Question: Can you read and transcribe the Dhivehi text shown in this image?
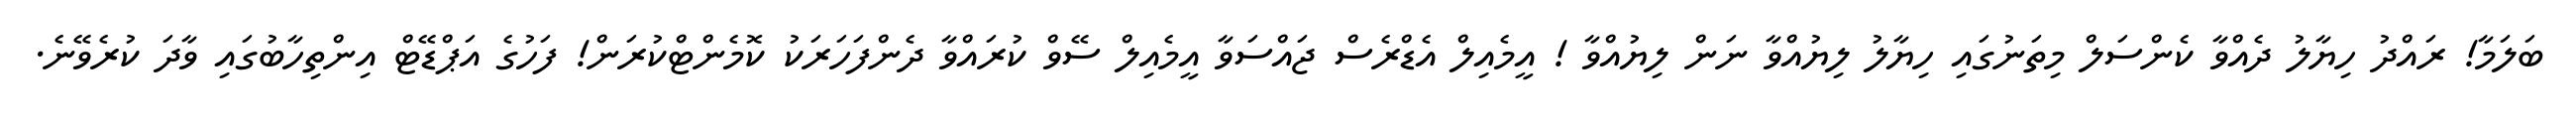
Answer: ބަލަމާ! ރައްދު ހިޔާލު ދެއްވާ ކެންސަލް މިތަނުގައި ހިޔާލު ލިޔުއްވާ ނަން ލިޔުއްވާ ! އީމެއިލް އެޑްރެސް ޖައްސަވާ އީމެއިލް ސޭވް ކުރައްވާ ދެންފަހަރަކު ކޮމެންޓްކުރަން! ފަހުގެ އަޕްޑޭޓް އިންތިހާބުގައި ވާދަ ކުރެވޭނެ.